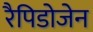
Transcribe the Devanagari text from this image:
रैपिडोजेन